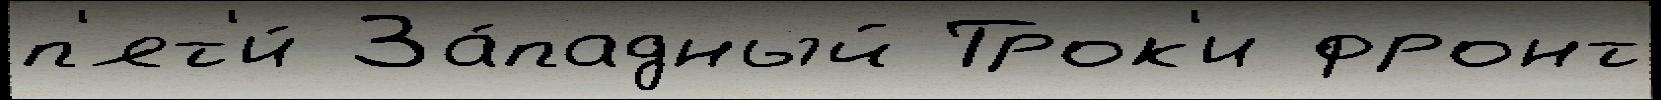
п'ят'и́ За́падный Трок'и фронт